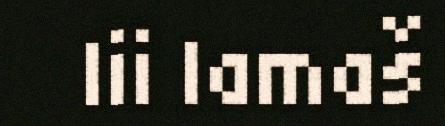
lii lamaš